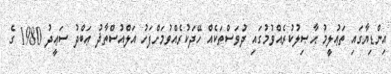
އިންޑިޔާގައި ތަޢުލީމު ޙާޞިލުކުރެއްވުމުގައި ދުވަސްތަކެއް ހޭދަކުރެއްވުމަށްފަހު އަލްއުސްތާޛު ޢަބްދު ސަޢީދު 1980 ގެ